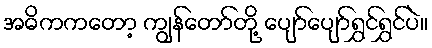
အဓိကကတော့ ကျွန်တော်တို့ ပျော်ပျော်ရွှင်ရွှင်ပဲ။